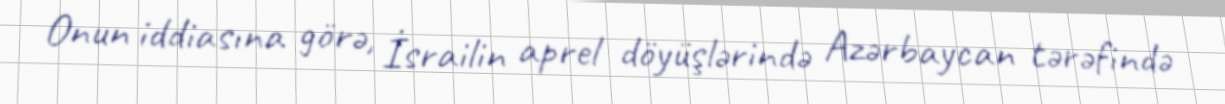
Onun iddiasına görə, İsrailin aprel döyüşlərində Azərbaycan tərəfində